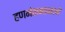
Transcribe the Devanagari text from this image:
हणमंतामामाने